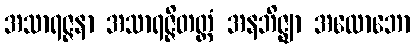
အသာရဇ္ဇနာ အသာရဇ္ဇိတတ္တံ အနဘိဇ္ဈာ အလောဘော